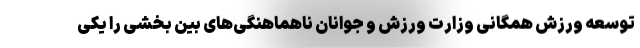
توسعه ورزش همگانی وزارت ورزش و جوانان ناهماهنگی‌های بین بخشی را یکی